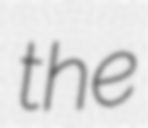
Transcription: the